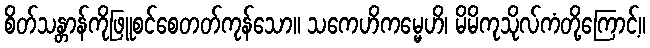
စိတ်သန္တာန်ကိုဖြူစင်စေတတ်ကုန်သော။ သကေဟိကမ္မေဟိ၊ မိမိကုသိုလ်ကံတို့ကြောင့်။